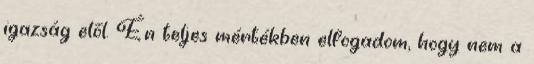
igazság elől. Én teljes mértékben elfogadom, hogy nem a